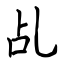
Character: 乩